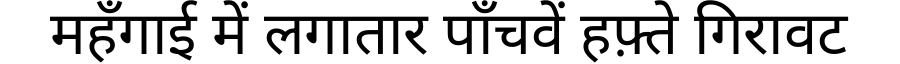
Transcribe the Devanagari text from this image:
महँगाई में लगातार पाँचवें हफ़्ते गिरावट